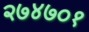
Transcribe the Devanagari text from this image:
२७४७०१